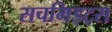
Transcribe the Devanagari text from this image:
सचमिड्ट्स